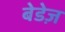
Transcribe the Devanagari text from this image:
बेडेज़